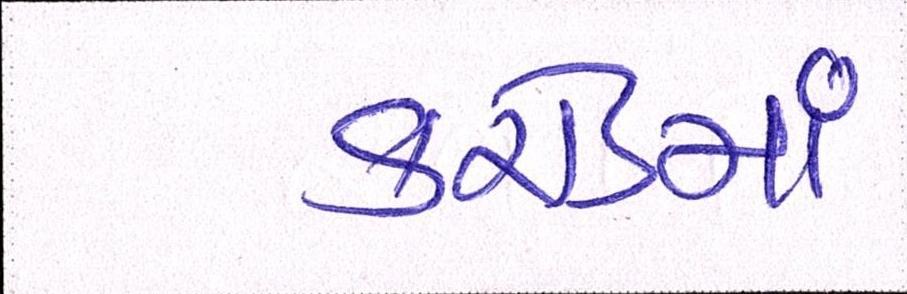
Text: કરોડમાં